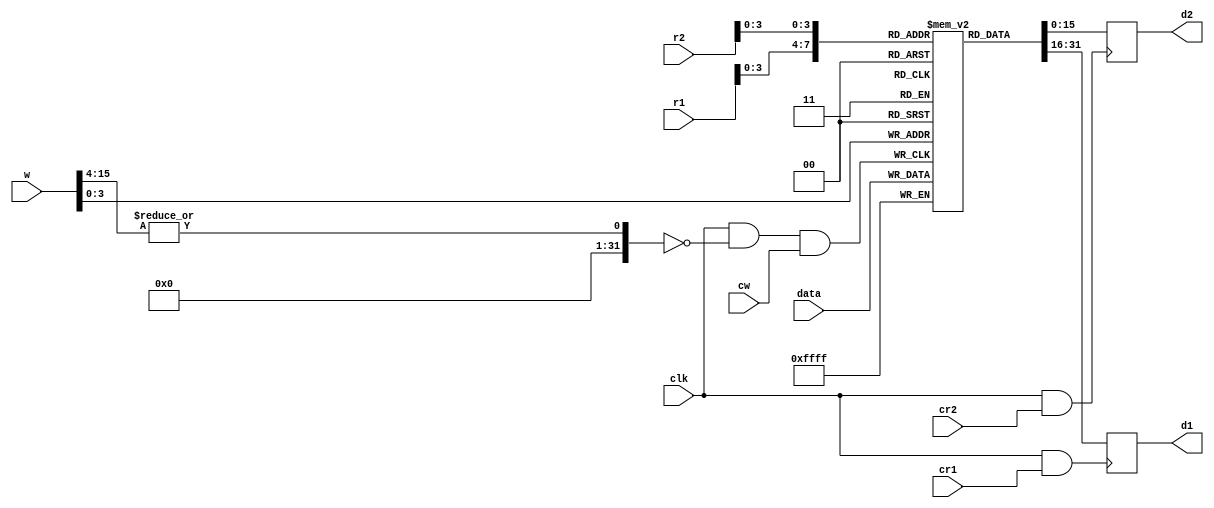
module regfile(r1,r2,w,cr1,cr2,cw,data,d1,d2,clk);
input [15:0]r1,r2,w,data;
input clk,cr1,cr2,cw;
output [15:0]d1,d2;

reg [15:0]mem[0:15];
reg [15:0]d1reg,d2reg;
  
  

always@(posedge clk & (|w[15:4]==0) & cw==1) begin
  mem[w]<=data;
end

always@(posedge clk & cr1==1) begin
  d1reg<=mem[r1];
end

always@(posedge clk & cr2==1) begin
  d2reg<=mem[r2];
end  

assign d1=d1reg;
assign d2=d2reg;


endmodule